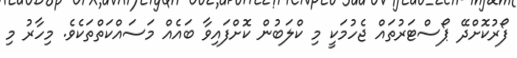
ފޯރުކޮށްދޭ ޕޯސްޓަރުތައް ޖެހުމަކީ މި ކްލަބުން ކޮށްފައިވާ ބައެއް މަަސައްކަތްތަކެވެ. މިހާރު މި